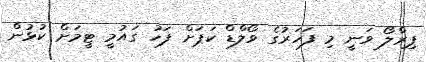
ޕިރްލޯ ވަނީ މި ފަހަރުގެ ވޯލްޑް ކަޕަށް ފަހު ގައުމީ ޓީމަށް ކުޅުން